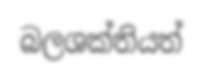
බලශක්තියත්